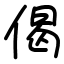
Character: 偈